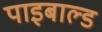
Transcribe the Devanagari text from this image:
पाइबाल्ड